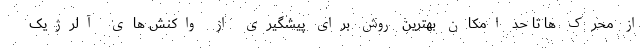
از محرک ها تا حد امکان بهترین روش برای پیشگیری از واکنش های آلرژیک